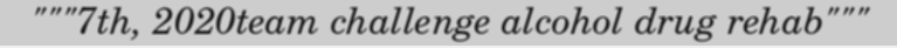
"""7th, 2020team challenge alcohol drug rehab"""